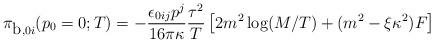
LaTeX: \begin{align*}{\cal{\pi}}_{\mbox{b}, 0i} (p_0=0;T) = -\frac{\epsilon_{0ij}p^j}{16 \pi \kappa} \frac{\tau^2}{T}\left[2 m^2\log(M/T) + (m^2 - \xi \kappa^2)F\right]\end{align*}